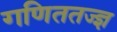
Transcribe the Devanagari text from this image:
गणिततज्ज्ञ